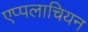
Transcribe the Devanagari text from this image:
एप्पलाचियन